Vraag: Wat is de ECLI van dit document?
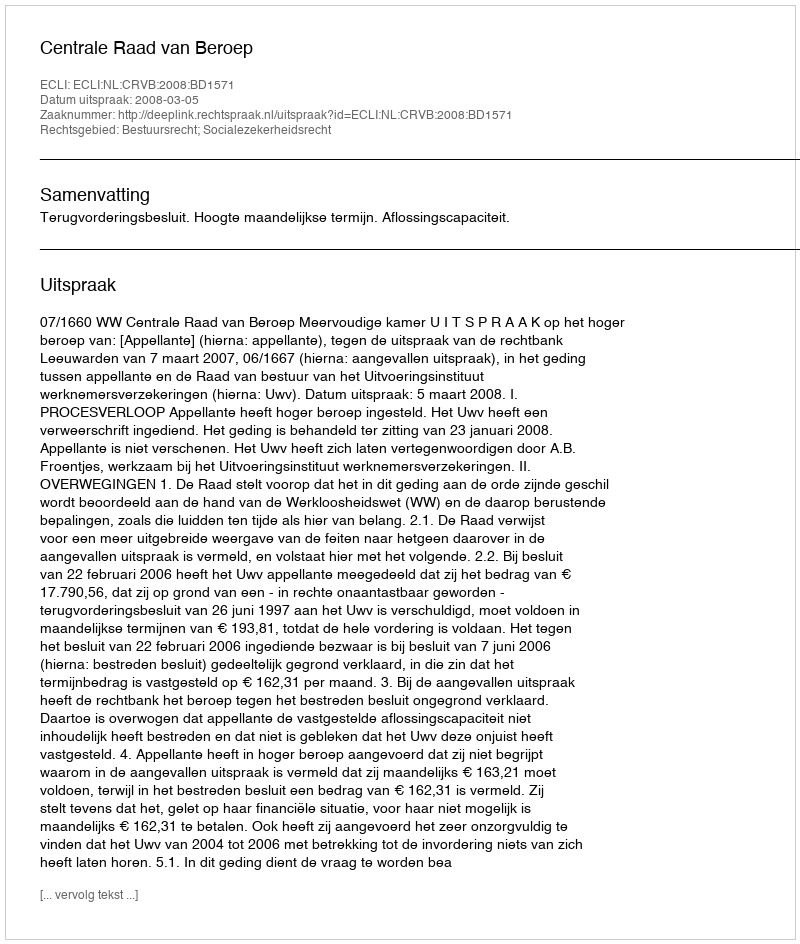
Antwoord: ECLI:NL:CRVB:2008:BD1571